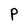
Character: P